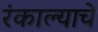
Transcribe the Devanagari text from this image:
रंकाल्याचे